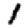
Digit: 1